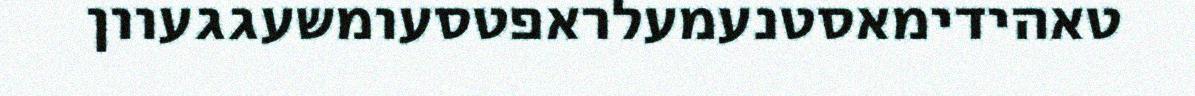
טאהידימאסטנעמעלראפטסעומשעגגעוון